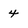
Character: 4